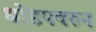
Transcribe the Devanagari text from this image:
धोडपवरुन